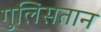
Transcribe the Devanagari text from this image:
गुलिसतान